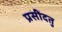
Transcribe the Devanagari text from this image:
प्रसीदतु